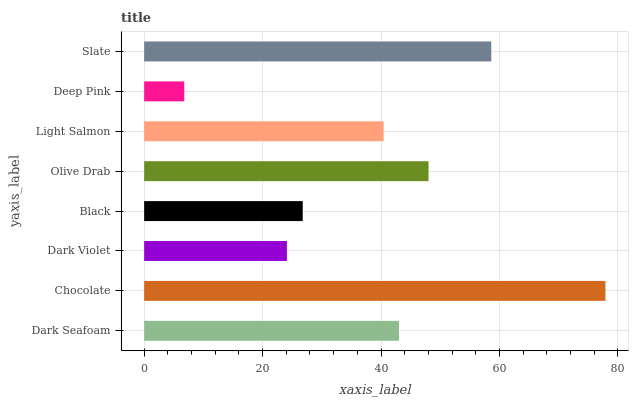
| yaxis_label | bars |
 | --- | --- |
 | Dark Seafoam | 43 |
 | Chocolate | 77.9 |
 | Dark Violet | 24.1 |
 | Black | 26.8 |
 | Olive Drab | 48 |
 | Light Salmon | 40.4 |
 | Deep Pink | 6.78 |
 | Slate | 58.6 |